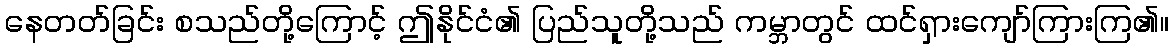
နေတတ်ခြင်း စသည်တို့ကြောင့် ဤနိုင်ငံ၏ ပြည်သူတို့သည် ကမ္ဘာတွင် ထင်ရှားကျော်ကြားကြ၏။